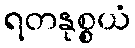
ရတနုစ္စယံ